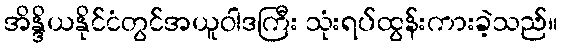
အိန္ဒိယနိုင်ငံတွင်အယူဝါဒကြီး သုံးရပ်ထွန်းကားခဲ့သည်။